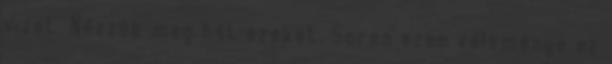
vizet. Nézzük meg hát ezeket. Soren ezen véleménye az